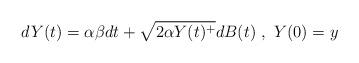
LaTeX: \begin{align*}dY(t) = \alpha \beta dt + \sqrt{2 \alpha Y(t)^+} dB(t) ~,~Y(0) = y\end{align*}